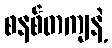
စနစ်တကျနဲ့